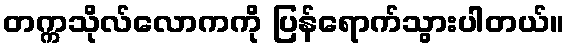
တက္ကသိုလ်လောကကို ပြန်ရောက်သွားပါတယ်။